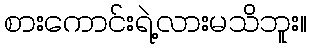
စားကောင်းရဲ့လားမသိဘူး။